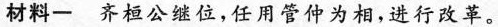
材料-齐桓公继位，任用管仲为相，进行改革。